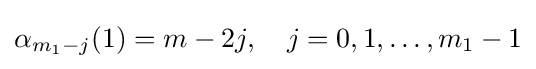
\alpha _{m_{1}-j}(1)=m-2j,\quad j=0,1,\dots ,m_{1}-1